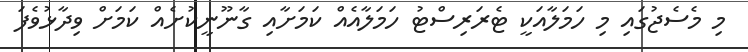
މި މެސެޖުގައި މި ހަމަލާއަކީ ޓެރަރިސްޓު ހަމަލާއެއް ކަމަށާއި ގާނޫނީކުށެއް ކަމަށް ވިދާޅުވެފަ